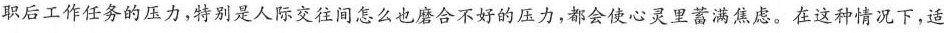
职后工作任务的压力，特别是人际交往间怎么也磨合不好的压力，都会使心灵里蓄满焦虑。在这种情况下，适